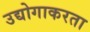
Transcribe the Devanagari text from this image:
उद्योगाकरता